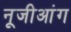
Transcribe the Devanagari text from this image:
नूजीआंग